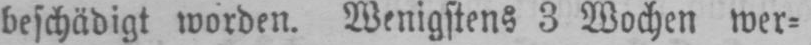
beschädigt worden. Wenigsten 3 Wochen wer⸗